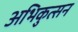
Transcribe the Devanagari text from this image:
अभिकुत्सन